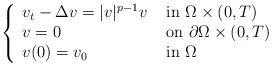
LaTeX: \begin{align*}\left\{\begin{array}{ll}v_t-\Delta v= |v|^{p-1}v & \mbox{ in }\Omega\times (0,T)\\v=0 & \mbox{ on }\partial \Omega\times (0,T)\\v(0)=v_0 & \mbox{ in }\Omega\end{array}\right.\end{align*}